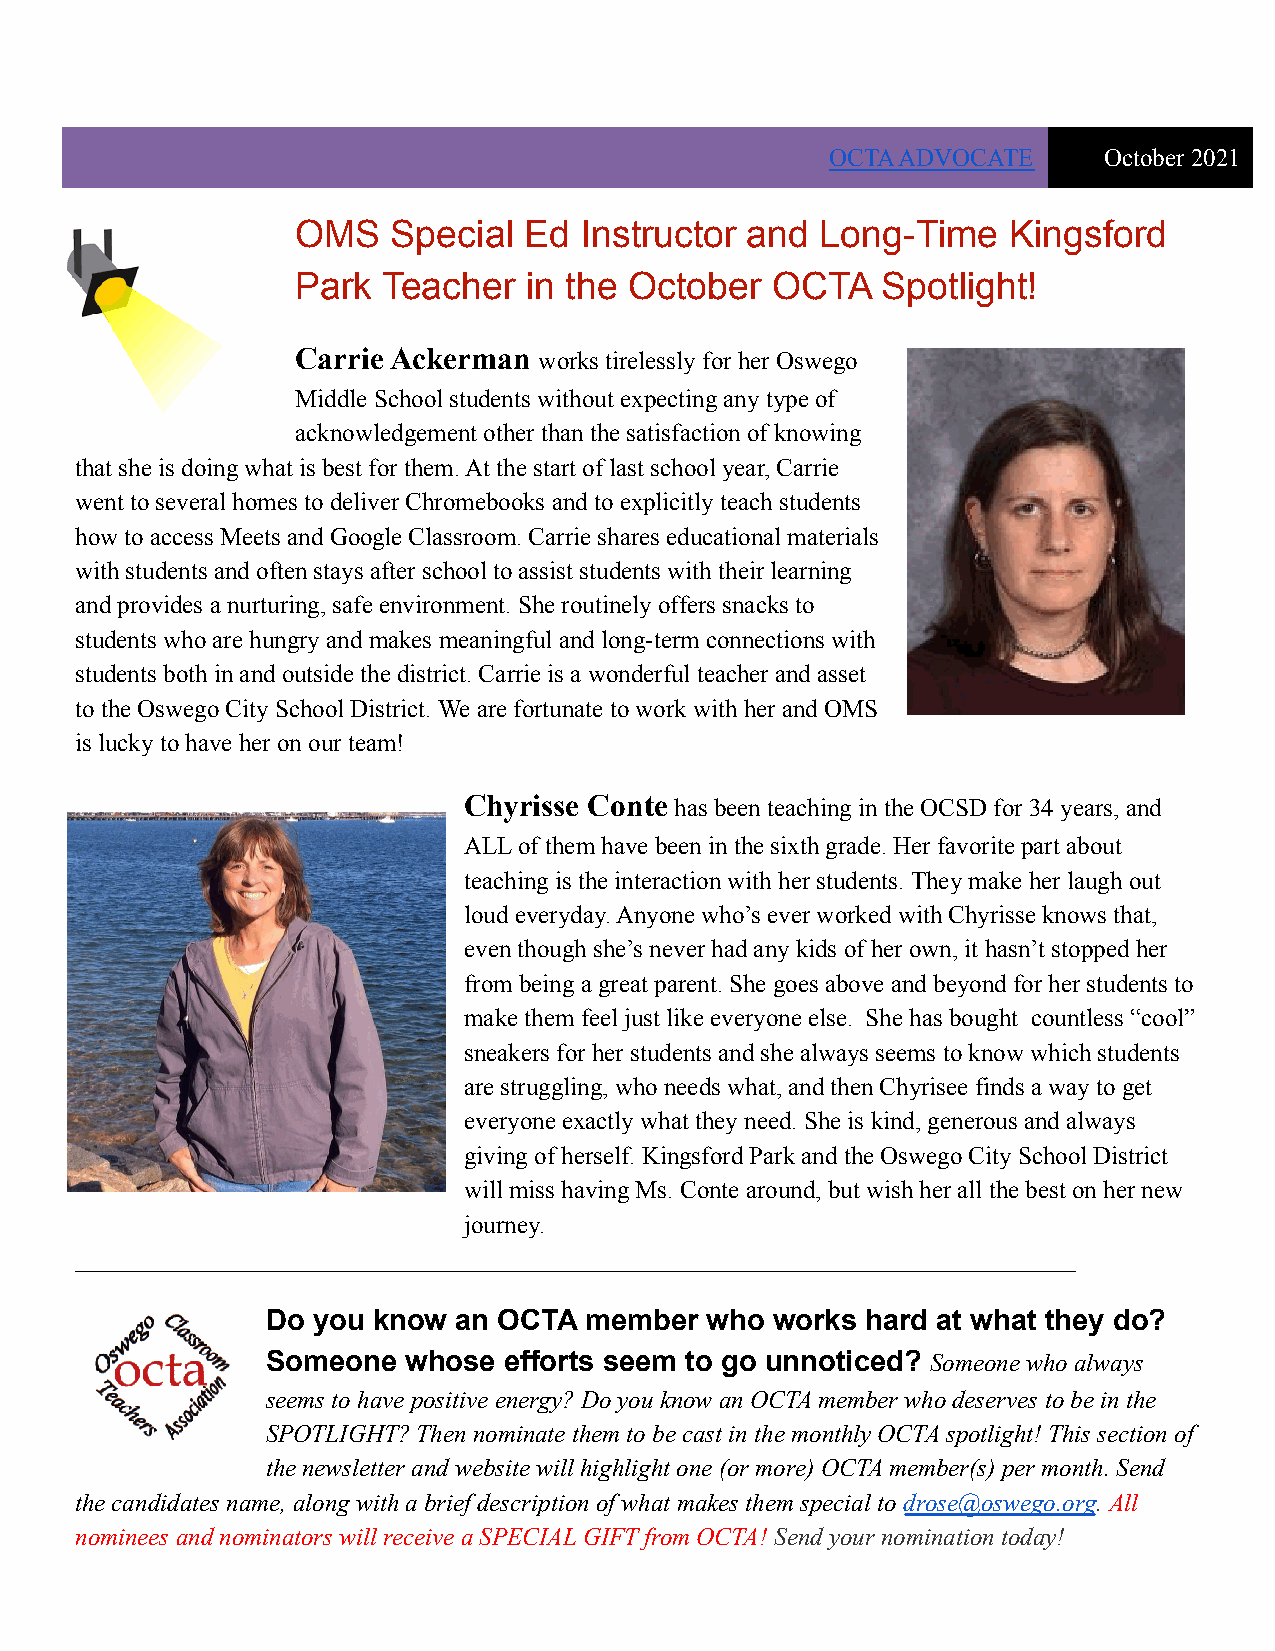
OCTA ADVOCATE     October 2021
 OMS   Special  Ed Instructor and  Long-Time    Kingsford
 Park Teacher   in the October  OCTA   Spotlight!
 Carrie Ackerman works tirelessly for her Oswego
 Middle School students without expecting any type of
 acknowledgement other than the satisfaction of knowing
 that she is doing what is best for them. At the start of last school year, Carrie
 went to several homes to deliver Chromebooks and to explicitly teach students
 how to access Meets and Google Classroom. Carrie shares educational materials
 with students and often stays after school to assist students with their learning
 and provides a nurturing, safe environment. She routinely offers snacks to
 students who are hungry and makes meaningful and long-term connections with
 students both in and outside the district. Carrie is a wonderful teacher and asset
 to the Oswego City School District. We are fortunate to work with her and OMS
 is lucky to have her on our team!
 Chyrisse Conte has been teaching in the OCSD for 34years, and
 ALL of them have been in the sixth grade. Her favorite part about
 teaching is the interaction with her students. They make her laugh out
 loud everyday. Anyone who’s ever worked with Chyrisse knows that,
 even though she’s never had any kids of her own, it hasn’t stopped her
 from being a great parent. She goes above and beyond for her students to
 make them feel just like everyone else. She has bought countless “cool”
 sneakers for her students and she always seems to know which students
 are struggling, who needs what, and then Chyrisee finds a way to get
 everyone exactly what they need. She is kind, generous and always
 giving of herself. Kingsford Park and the Oswego City School District
 will miss having Ms. Conte around, but wish her all the best on her new
 journey.
 ________________________________________________________________________________
 Do you know an OCTA  member  who works hard at what they do?
 Someone  whose efforts seem to go unnoticed? Someonewho always
 seems to have positive energy? Do you know an OCTA member who deserves to be in the
 SPOTLIGHT? Then nominate them to be cast in the monthly OCTA spotlight! This section of
 the newsletter and website will highlight one (or more) OCTA member(s) per month. Send
 the candidates name, along with a brief description of what makes them special todrose@oswego.org.All
 nominees and nominators will receive a SPECIAL GIFT from OCTA! Send your nomination today!